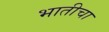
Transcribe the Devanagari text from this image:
भातीचा